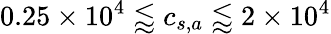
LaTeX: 0.25\times 10^{4}\lessapprox c_{s,a}\lessapprox 2\times 10^{4}